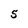
Character: 5